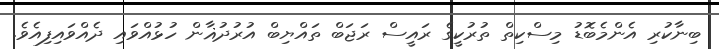
ބިނާކުރި އެންމެބޮޑު މިސްކިތް ތުރުކީގެ ރައީސް ރަޖަބް ތައްޔިބް އުރުދުޣާން ހުޅުއްވައި ދެއްވައިފިއެވެ.